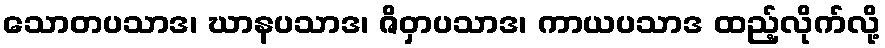
သောတပသာဒ၊ ဃာနပသာဒ၊ ဇိဝှာပသာဒ၊ ကာယပသာဒ ထည့်လိုက်လို့